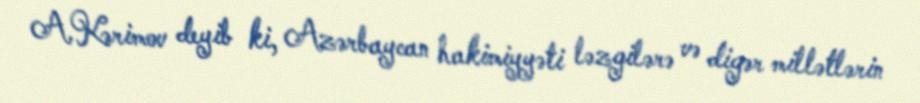
A.Kərimov deyib ki, Azərbaycan hakimiyyəti ləzgilərə və digər millətlərin